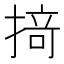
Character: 𢰤